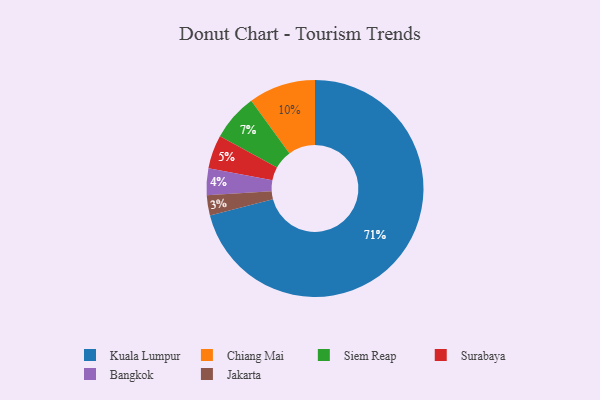
{"axis": {"x": "Category", "y": "Percentage"}, "legend": ["Bangkok", "Chiang Mai", "Jakarta", "Kuala Lumpur", "Siem Reap", "Surabaya"], "data": [{"x": "Surabaya", "y": 5, "type": "Surabaya"}, {"x": "Siem Reap", "y": 7, "type": "Siem Reap"}, {"x": "Chiang Mai", "y": 10, "type": "Chiang Mai"}, {"x": "Kuala Lumpur", "y": 71, "type": "Kuala Lumpur"}, {"x": "Jakarta", "y": 3, "type": "Jakarta"}, {"x": "Bangkok", "y": 4, "type": "Bangkok"}]}